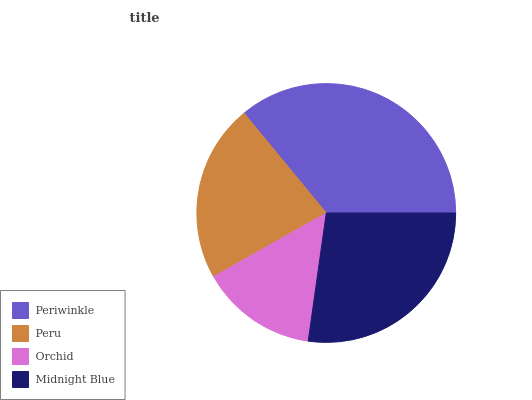
| Periwinkle | Peru | Orchid | Midnight Blue |
 | --- | --- | --- | --- |
 | 35.9% | 22.3% | 14.6% | 27.2% |